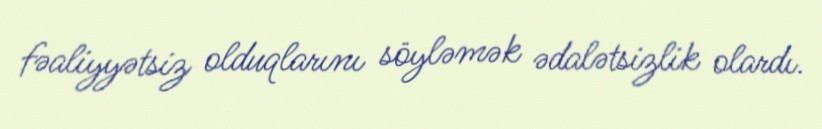
fəaliyyətsiz olduqlarını söyləmək ədalətsizlik olardı.